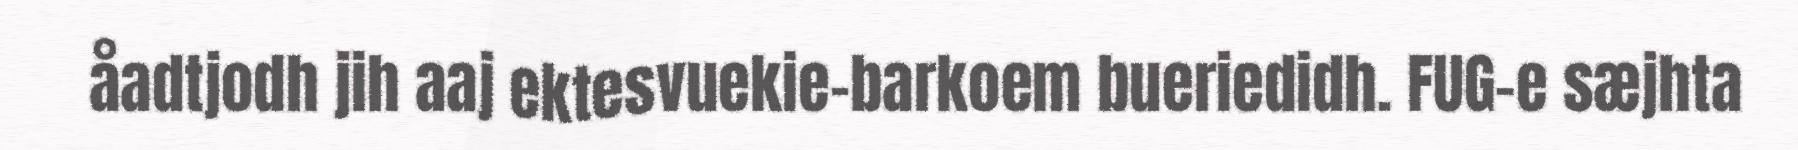
åadtjodh jih aaj ektesvuekie-barkoem bueriedidh. FUG-e sæjhta